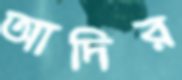
আদির